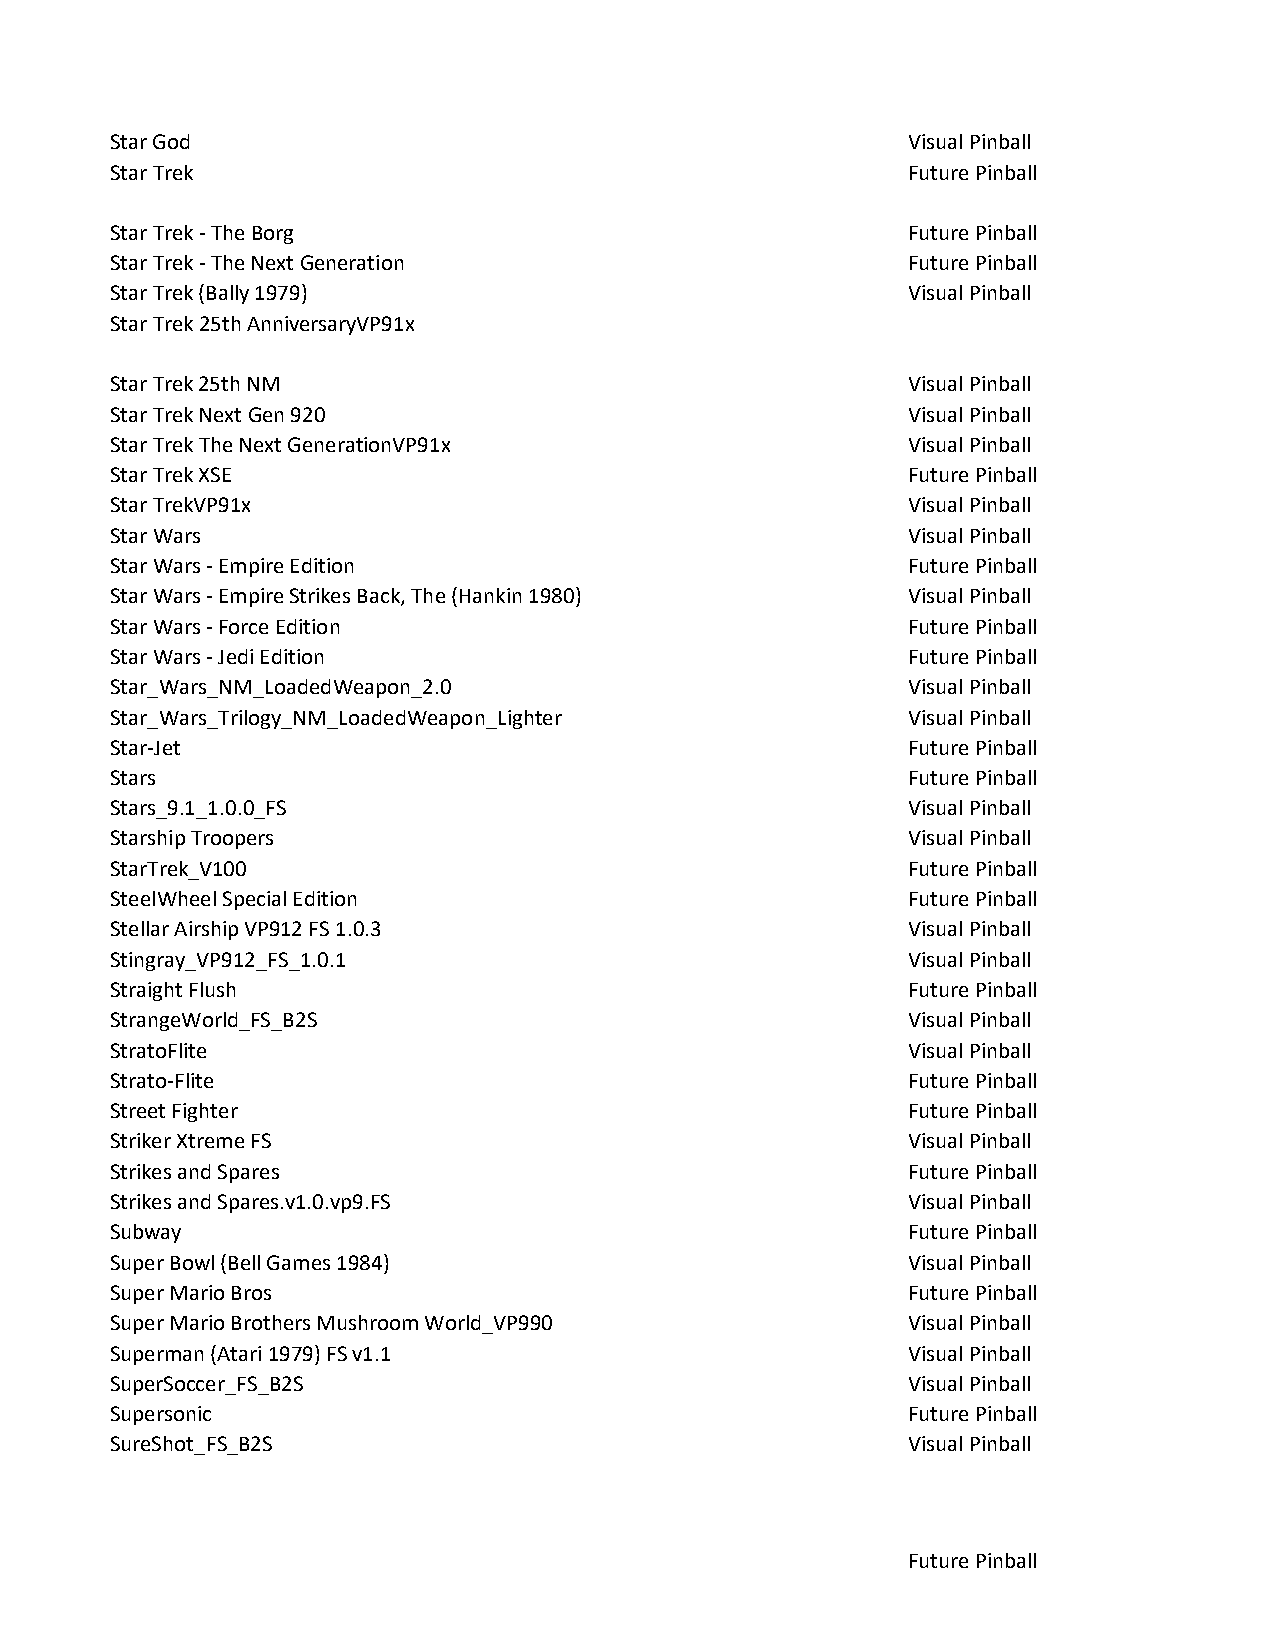
Star God                                             Visual Pinball
 Star Trek                                            Future Pinball
 Star Trek - The Borg                                 Future Pinball
 Star Trek - The Next Generation                      Future Pinball
 Star Trek (Bally 1979)                               Visual Pinball
 Star Trek 25th AnniversaryVP91x
 Star Trek 25th NM                                    Visual Pinball
 Star Trek Next Gen 920                               Visual Pinball
 Star Trek The Next GenerationVP91x                   Visual Pinball
 Star Trek XSE                                        Future Pinball
 Star TrekVP91x                                       Visual Pinball
 Star Wars                                            Visual Pinball
 Star Wars - Empire Edition                           Future Pinball
 Star Wars - Empire Strikes Back, The (Hankin 1980)   Visual Pinball
 Star Wars - Force Edition                            Future Pinball
 Star Wars - Jedi Edition                             Future Pinball
 Star_Wars_NM_LoadedWeapon_2.0                        Visual Pinball
 Star_Wars_Trilogy_NM_LoadedWeapon_Lighter            Visual Pinball
 Star-Jet                                             Future Pinball
 Stars                                                Future Pinball
 Stars_9.1_1.0.0_FS                                   Visual Pinball
 Starship Troopers                                    Visual Pinball
 StarTrek_V100                                        Future Pinball
 SteelWheel Special Edition                           Future Pinball
 Stellar Airship VP912 FS 1.0.3                       Visual Pinball
 Stingray_VP912_FS_1.0.1                              Visual Pinball
 Straight Flush                                       Future Pinball
 StrangeWorld_FS_B2S                                  Visual Pinball
 StratoFlite                                          Visual Pinball
 Strato-Flite                                         Future Pinball
 Street Fighter                                       Future Pinball
 Striker Xtreme FS                                    Visual Pinball
 Strikes and Spares                                   Future Pinball
 Strikes and Spares.v1.0.vp9.FS                       Visual Pinball
 Subway                                               Future Pinball
 Super Bowl (Bell Games 1984)                         Visual Pinball
 Super Mario Bros                                     Future Pinball
 Super Mario Brothers Mushroom World_VP990            Visual Pinball
 Superman (Atari 1979) FS v1.1                        Visual Pinball
 SuperSoccer_FS_B2S                                   Visual Pinball
 Supersonic                                           Future Pinball
 SureShot_FS_B2S                                      Visual Pinball
 Future Pinball